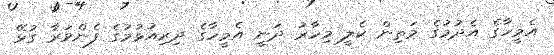
އެމީހާގެ އެދުމުގެ މަތިން ކެލީ މިހާރު ދަނީ އެމީހާގެ ދިރިއުޅުމުގެ ފެންވަރާ ގުޅޭ